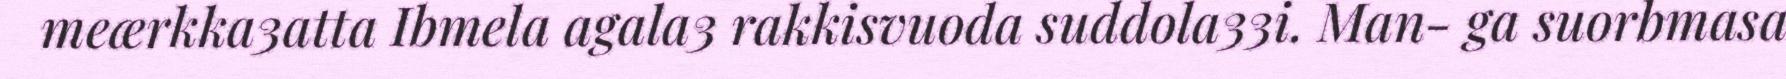
meærkka3atta Ibmela agala3 rakkisvuoda suddola33i. Man- ga suorbmasa